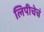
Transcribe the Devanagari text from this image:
लिपीचेचं